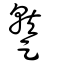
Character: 蹵